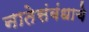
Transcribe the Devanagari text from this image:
नातेसंबंधाचे